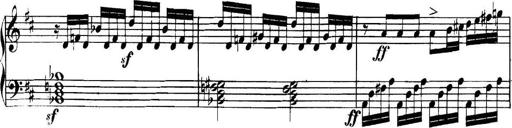
Title: Collected Piano Sonatas
Composer: Muzio Clementi